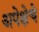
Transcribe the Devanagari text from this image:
अपेक्षेचे